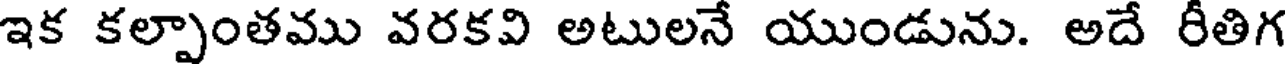
ఇక కల్పాంతము వరకవి అటులనే యుండును. అదే రీతిగ